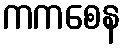
ကကစေန